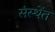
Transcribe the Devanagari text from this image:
संस्थेंत